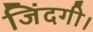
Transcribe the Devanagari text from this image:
जिंदगी।